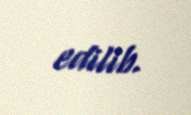
edilib.